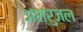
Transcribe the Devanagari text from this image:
अश्रुजल